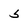
Character: 5